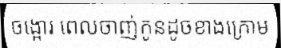
ចង្អោរ ពេលចាញ់កូនដូចខាងក្រោម